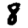
Digit: 8